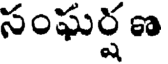
సంఘర్షణ